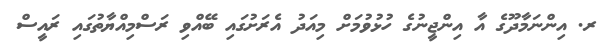
ރ. އިންނަމާދޫގެ އާ އިންޖީނުގެ ހުޅުވުމަށް މިއަދު އެރަށުގައި ބޭއްވި ރަސްމިއްޔާތުގައި ރައީސް